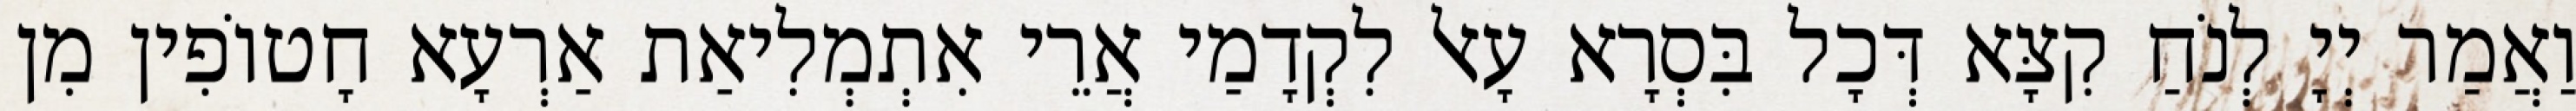
וַאֲמַר יְיָ לְנֹחַ קִצָּא דְּכָל בִּסְרָא עָאל לִקְדָמַי אֲרֵי אִתְמְלִיאַת אַרְעָא חָטוֹפִין מִן